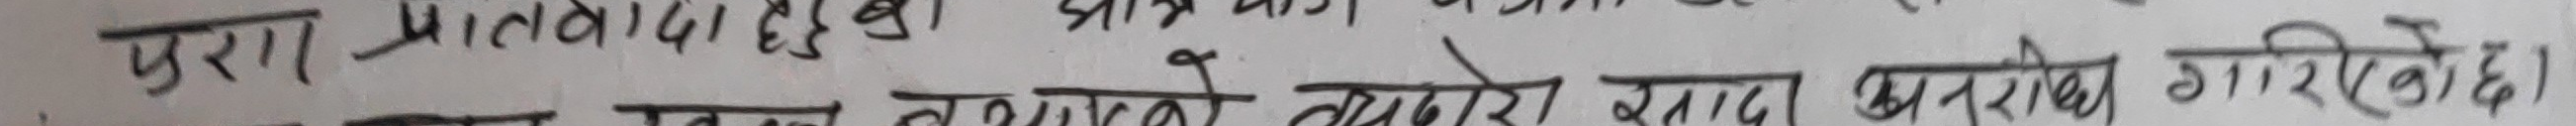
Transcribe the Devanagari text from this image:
पुरा प्रातवादका हुनुहुन्छ। क्षेत्रकाे आगामि समया प्रदान गरिनैकाे अनुरोध गरिएकाे छ।